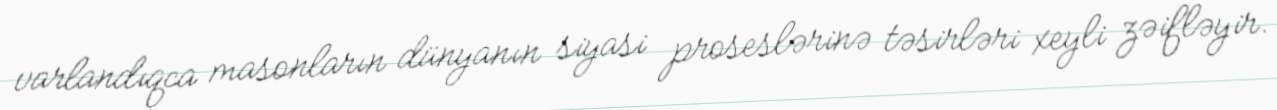
varlandıqca masonların dünyanın siyasi proseslərinə təsirləri xeyli zəifləyir.